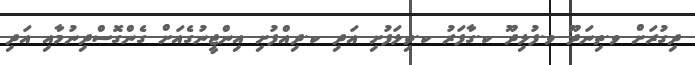
ދިގުރަށް ވ.ތިނަދޫ ވ.ފުލިދޫ ކ.ގާފަރު ކ.ތިލަފުށި އަދި ކ.ދިއްފުށި އިންޖީނުގެއަށް ގެންގޮސްދިނުމާއި އަދި